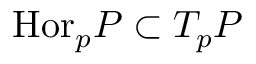
{ \mathrm { H o r } } _ { p } P \subset T _ { p } P